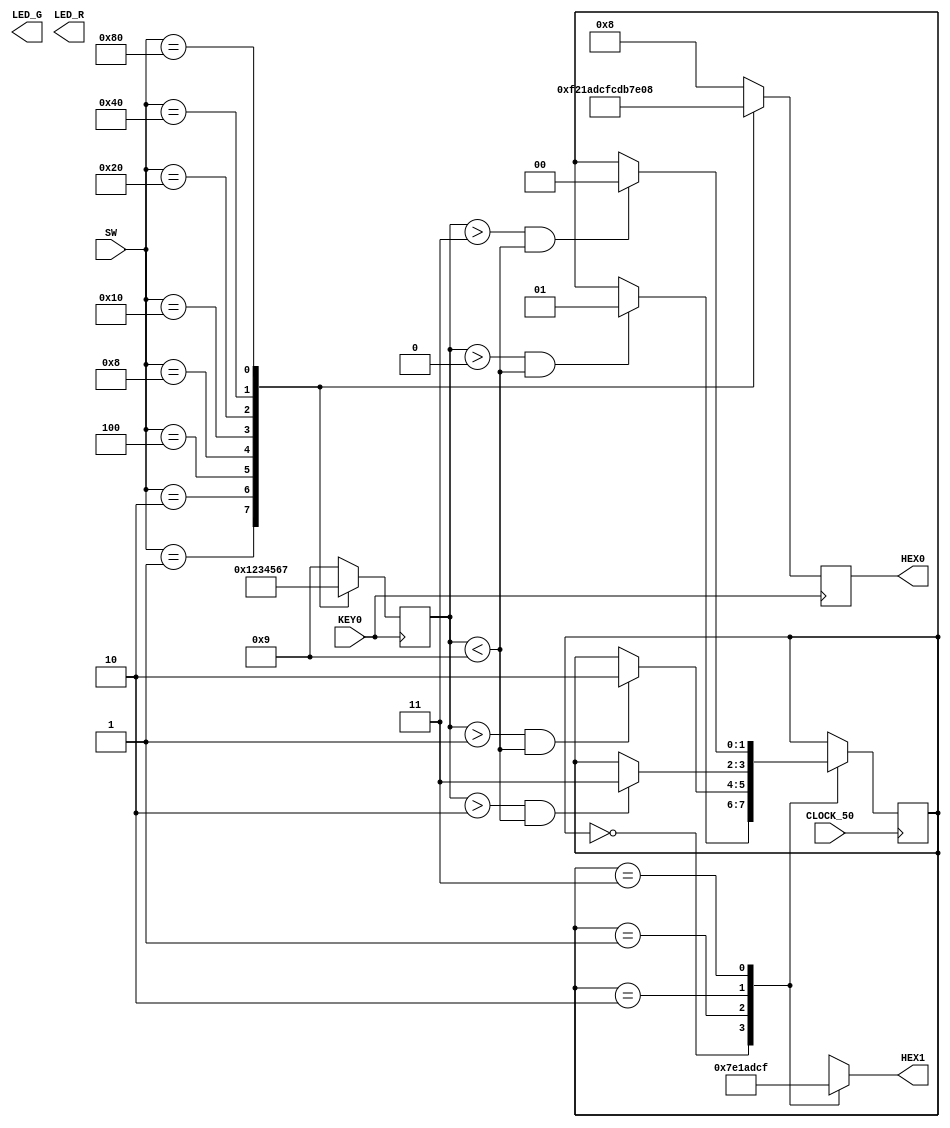
module smartlift(SW, LED_G, LED_R, HEX0, HEX1, KEY0, CLOCK_50);
	
	input [8:0]SW; 		//andar selecionado
	input KEY0; 			//solicitar o andar
	input CLOCK_50;		
	output reg LED_G;	//porta aberta
	output reg LED_R;	//porta fechada
	output reg[6:0]HEX0 = ~7'h06;	//print andar selecionado
	output reg[6:0]HEX1 = ~7'h06;	//andar atual
	
	//seg - (g, f, e, d, c, b, a)
	
	integer movimento; // 0 - parado, 1 - subindo, 2 - descendo 
	integer s = 9; //andar solicitado
	reg [1:0] estado_atual, estado_anterior;
	parameter andar0 = 0, andar1 = 1, andar2 = 2, andar3 = 3, andar4 = 4, andar5 = 5, andar6 = 6, andar7 = 7, andar8 = 8;
	
	always @( negedge KEY0 ) begin 
		case (SW) 	
						9'b000000001: begin
							HEX0 = ~7'h06; //se o andar selecionado for 0
							s = 0;
						end	
						
						9'b000000010: begin
							HEX0 = 7'b0000110; //se o andar selecionado for 1
							s = 1;
						end
						
						9'b000000100: begin
							HEX0 = 7'b1011011; //se o andar selecionado for 2
							s = 2;
						end
						
						9'b000001000: begin
							HEX0 = 7'b1001111; //se o andar selecionado for 3
							s = 3;
						end	
						
						9'b000010000: begin
							HEX0 = 7'b1100110; //se o andar selecionado for 4
							s = 4;
						end
						
						9'b000100000: begin
							HEX0 = 7'b1101101; //se o andar selecionado for 5
							s = 5;
						end
						
						9'b001000000: begin
							HEX0 = 7'b1111100; //se o andar selecionado for 6
							s = 6;
						end
						
						9'b010000000: begin 
							HEX0 = 7'b0000111; //se o andar selecionado for 7
							s = 7;
						end
						/*
						9'b100000000: begin 
							HEX0 = 7'b1111111;                                                                                                                                                                                                                        1; //se o andar selecionado for 8
							s = 8;
						end */
						
						default: begin 
							HEX0 = 7'b0001000;  //default: _ , nenhuma andar solicitado
							s = 9; // indefinido
						end 
			endcase
	end


	always @ (*) begin //parte combinacional 	
		case (estado_atual)
			andar0: begin
				HEX1 = 7'b0111111; //andar atual = 0
			end
			
			andar1: begin 
				HEX1 = 7'b0000110; //andar atual = 1
			end
			
			andar2: begin 
				HEX1 = 7'b1011011; //andar atual = 2
			end
			
			andar3: begin 
				HEX1 = 7'b1001111; //andar atual = 3
			end
			
			andar4: begin 
				HEX1 = 7'b1100110; //andar atual = 4
			end
			
			andar5: begin 
				HEX1 = 7'b1101101; //andar atual = 5
			end
			
			andar6: begin 
				HEX1 = 7'b1111100; //andar atual = 6
			end
			
			andar7: begin 
				HEX1 = 7'b0000111; //andar atual = 7
			end
			
			andar8: begin 
				HEX1 = 7'b1111111; //andar atual = 8
			end
		endcase
	end
	
	always @( posedge CLOCK_50 ) begin //parte sequencial 
		
		case (estado_atual) 
			
			andar0: begin
				if ( (s > 0) && (s < 9) ) begin
					estado_atual <= andar1;
					estado_anterior <= andar0; 
				end
			end
			
			andar1: begin
				if ( (s > 1) && (s < 9) ) begin
					estado_atual <= andar2;
					estado_anterior <= andar1; 
				end
			end
			
			andar2: begin
				if ( (s > 2) && (s < 9) ) begin
					estado_atual <= andar3;
					estado_anterior <= andar2; 
				end
			end
			
			andar3: begin
				if( (s > 3) && (s < 9) ) begin
					estado_atual <= andar4;
					estado_anterior <= andar3;
				end
			end
			
			andar4: begin
				if( (s > 4) && (s < 9) ) begin
					estado_atual <= andar5;
					estado_anterior <= andar4;
				end
			end
			
			andar5: begin
				if( (s > 5) && (s < 9) ) begin
					estado_atual <= andar6;
					estado_anterior <= andar5;
				end
			end
			
			andar6: begin
				if( (s > 6) && (s < 9) ) begin
					estado_atual <= andar7;
					estado_anterior <= andar6;
				end
			end
			
			andar7: begin
				if( (s > 7) && (s < 9) ) begin
					estado_atual <= andar8;
					estado_anterior <= andar7;
				end
			end
			
			/*andar8: begin
				if( (s == 8) && (s < 9) ) begin
					//estado_atual <= andar8;
					estado_anterior <= andar8;
				end
			end */
				
			endcase

	end				
	
endmodule